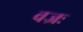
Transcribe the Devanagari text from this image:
वज्रः